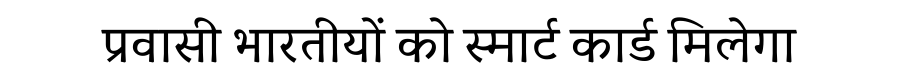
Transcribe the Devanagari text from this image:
प्रवासी भारतीयों को स्मार्ट कार्ड मिलेगा